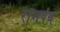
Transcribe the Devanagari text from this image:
रामपंथ